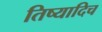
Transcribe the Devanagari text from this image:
तिष्यादिच